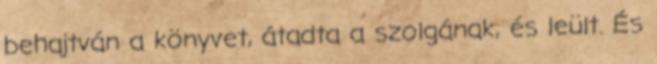
behajtván a könyvet, átadta a szolgának, és leült. És